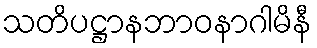
သတိပဋ္ဌာနဘာဝနာဂါမိနီ